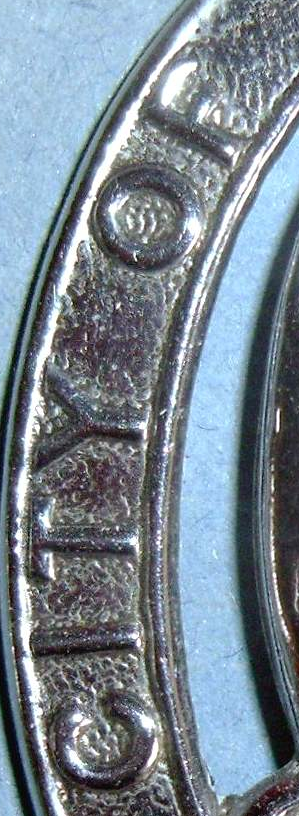
CITY OF